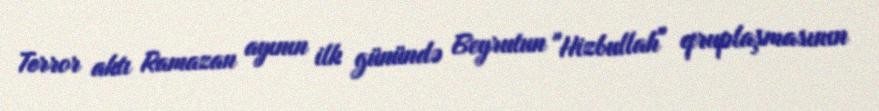
Terror aktı Ramazan ayının ilk günündə Beyrutun "Hizbullah" qruplaşmasının